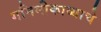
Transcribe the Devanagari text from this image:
गनिमीकाव्याचे